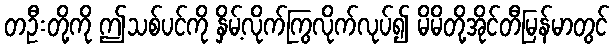
တဦးတို့ကို ဤသစ်ပင်ကို နှိမ့်လိုက်ကြွလိုက်လုပ်၍ မိမိတို့အိုင်တီမြန်မာတွင်